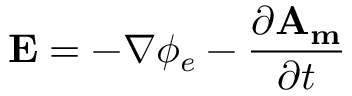
\mathbf { E } = - \nabla \phi _ { e } - \frac { \partial \mathbf { A _ { m } } } { \partial t }